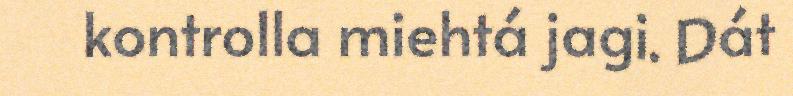
kontrolla miehtá jagi. Dát